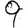
Digit: 9